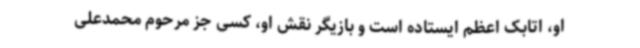
او، اتابک اعظم ایستاده است و بازیگر نقش او، کسی جز مرحوم محمدعلی